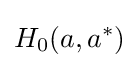
H_{0}(a,a^{*})